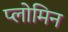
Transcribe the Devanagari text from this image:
प्लोमिन